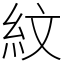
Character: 紋